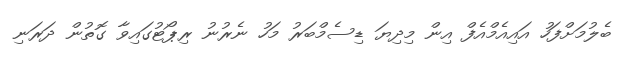
ބެލުމަށްފަހު އައިއެމްއެފް އިން މިދިޔަ ޑިސެމްބަރު މަހު ނެރުނު ރިޕޯޓުގައިވާ ގޮތުން ދަރަނި